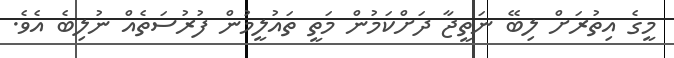
މީގެ އިތުރަށް ލިބޭ ނަތީޖާ ދަށްކަމުން މަތީ ތައުލީމުން ފުރުސަތެއް ނުލިބެ އެވެ.